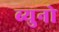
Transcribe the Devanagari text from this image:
ब्युनो